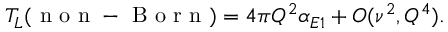
T _ { L } ( \mathrm { ~ n ~ o ~ n ~ - ~ B ~ o ~ r ~ n ~ } ) = 4 \pi Q ^ { 2 } \alpha _ { E 1 } + O ( \nu ^ { 2 } , Q ^ { 4 } ) .